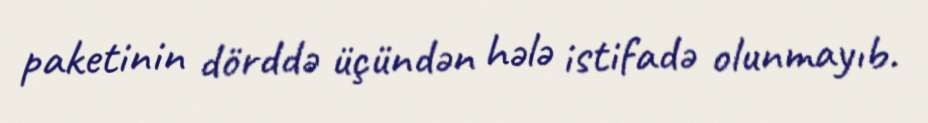
paketinin dörddə üçündən hələ istifadə olunmayıb.